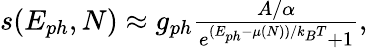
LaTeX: \begin{array}{r}{s(E_{ph},N)\approx g_{ph}\frac{A/\alpha}{e^{(E_{ph}-\mu(N))/k_{B}T}+1},}\end{array}